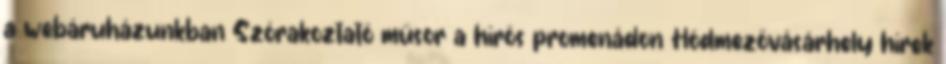
a webáruházunkban Szórakoztató műsor a hírös promenádon Hódmezővásárhely hírek